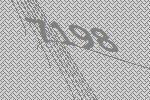
7198